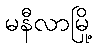
မနီလာမြို့